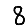
Digit: 8